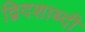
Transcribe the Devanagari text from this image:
द्विदशाब्दी